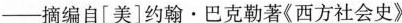
—摘编自[美]约翰·巴克勒著《西方社会史》